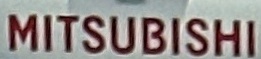
MITSUBISHI